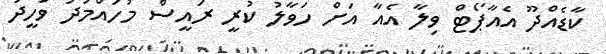
ކާޑެއްދޫ އެއާޕޯޓް ވިލާ އެއާ އަށް ހަވާލު ކުރީ ރައީސް މުހައްމަދު ވަހީދު